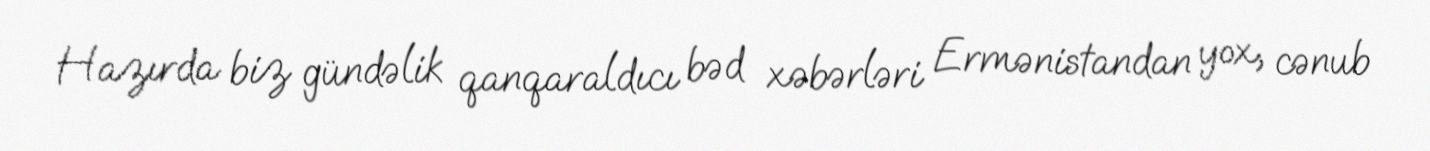
Hazırda biz gündəlik qanqaraldıcı bəd xəbərləri Ermənistandan yox, cənub